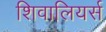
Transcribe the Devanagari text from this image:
शिवालियर्स